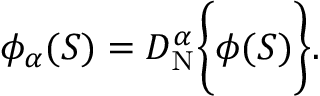
\phi _ { \alpha } ( S ) = D _ { \mathrm { N } } ^ { \alpha } \bigg \{ { \phi ( S ) \bigg \} } .